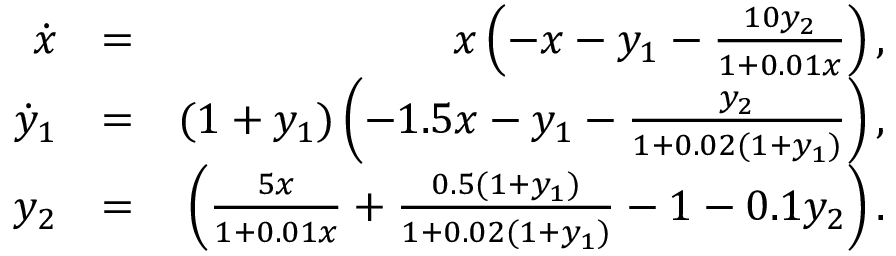
\begin{array} { r l r } { \dot { x } } & { = } & { x \left( - x - y _ { 1 } - \frac { 1 0 y _ { 2 } } { 1 + 0 . 0 1 x } \right) , } \\ { \dot { y } _ { 1 } } & { = } & { ( 1 + y _ { 1 } ) \left( - 1 . 5 x - y _ { 1 } - \frac { y _ { 2 } } { 1 + 0 . 0 2 ( 1 + y _ { 1 } ) } \right) , } \\ { y _ { 2 } } & { = } & { \left( \frac { 5 x } { 1 + 0 . 0 1 x } + \frac { 0 . 5 ( 1 + y _ { 1 } ) } { 1 + 0 . 0 2 ( 1 + y _ { 1 } ) } - 1 - 0 . 1 y _ { 2 } \right) . } \end{array}